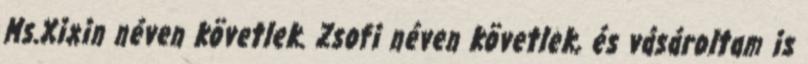
Ms.Xixin néven követlek. Zsofi néven követlek, és vásároltam is